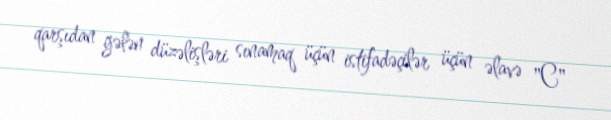
qarşıdan gələn düzəlişləri sınamaq üçün istifadəçilər üçün əlavə "C"